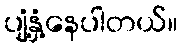
ပျံ့နှံ့နေပါတယ်။